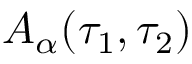
A _ { \alpha } ( \tau _ { 1 } , \tau _ { 2 } )